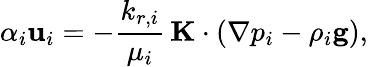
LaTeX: \alpha_{i}\mathbf{u}_{i}=-\frac{k_{r,i}}{\mu_{i}}\, \mathbf{K}\cdot\left(\nabla p_{i}-\rho_{i}\mathbf{g}\right),